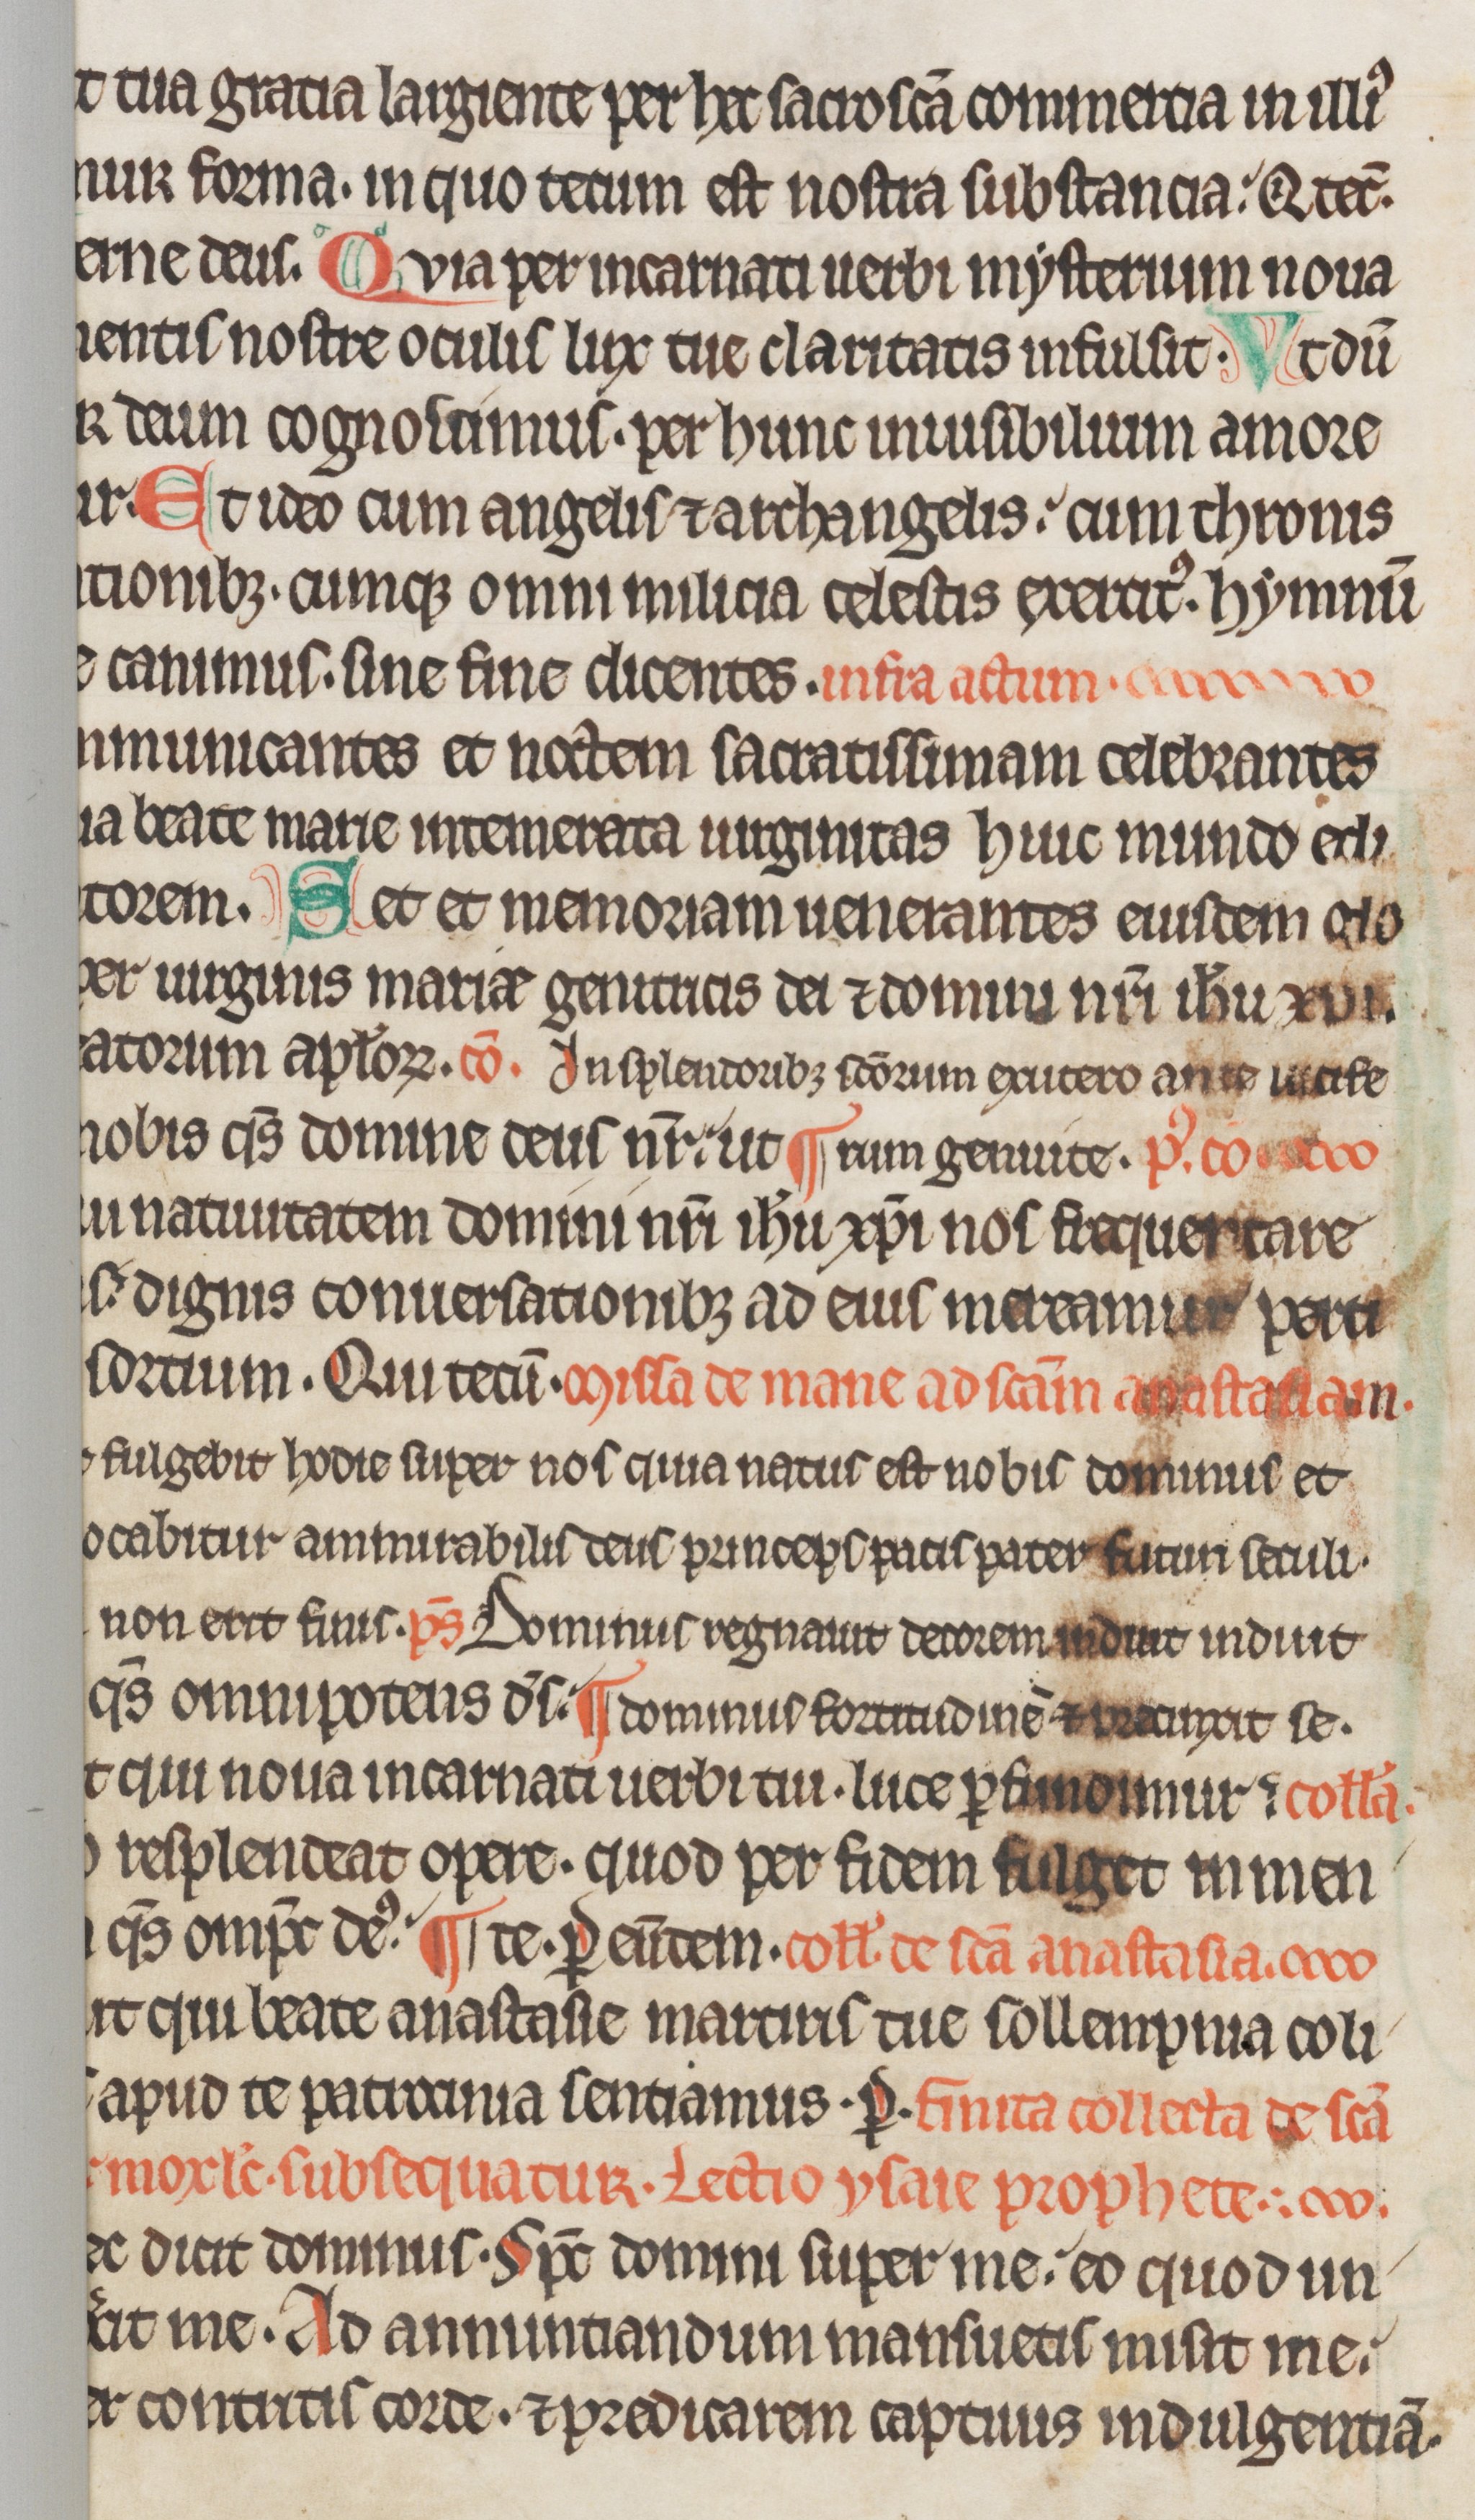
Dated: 1285–1315